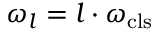
\omega _ { l } = l \cdot \omega _ { \mathrm { c l s } }